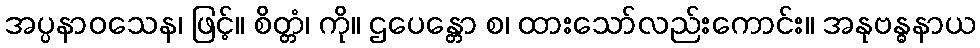
အပ္ပနာဝသေန၊ ဖြင့်။ စိတ္တံ၊ ကို။ ဌပေန္တော စ၊ ထားသော်လည်းကောင်း။ အနုဗန္ဓနာယ